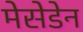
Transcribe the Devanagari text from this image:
मेसेडेन